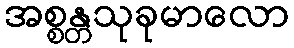
အစ္စန္တသုခုမာလော